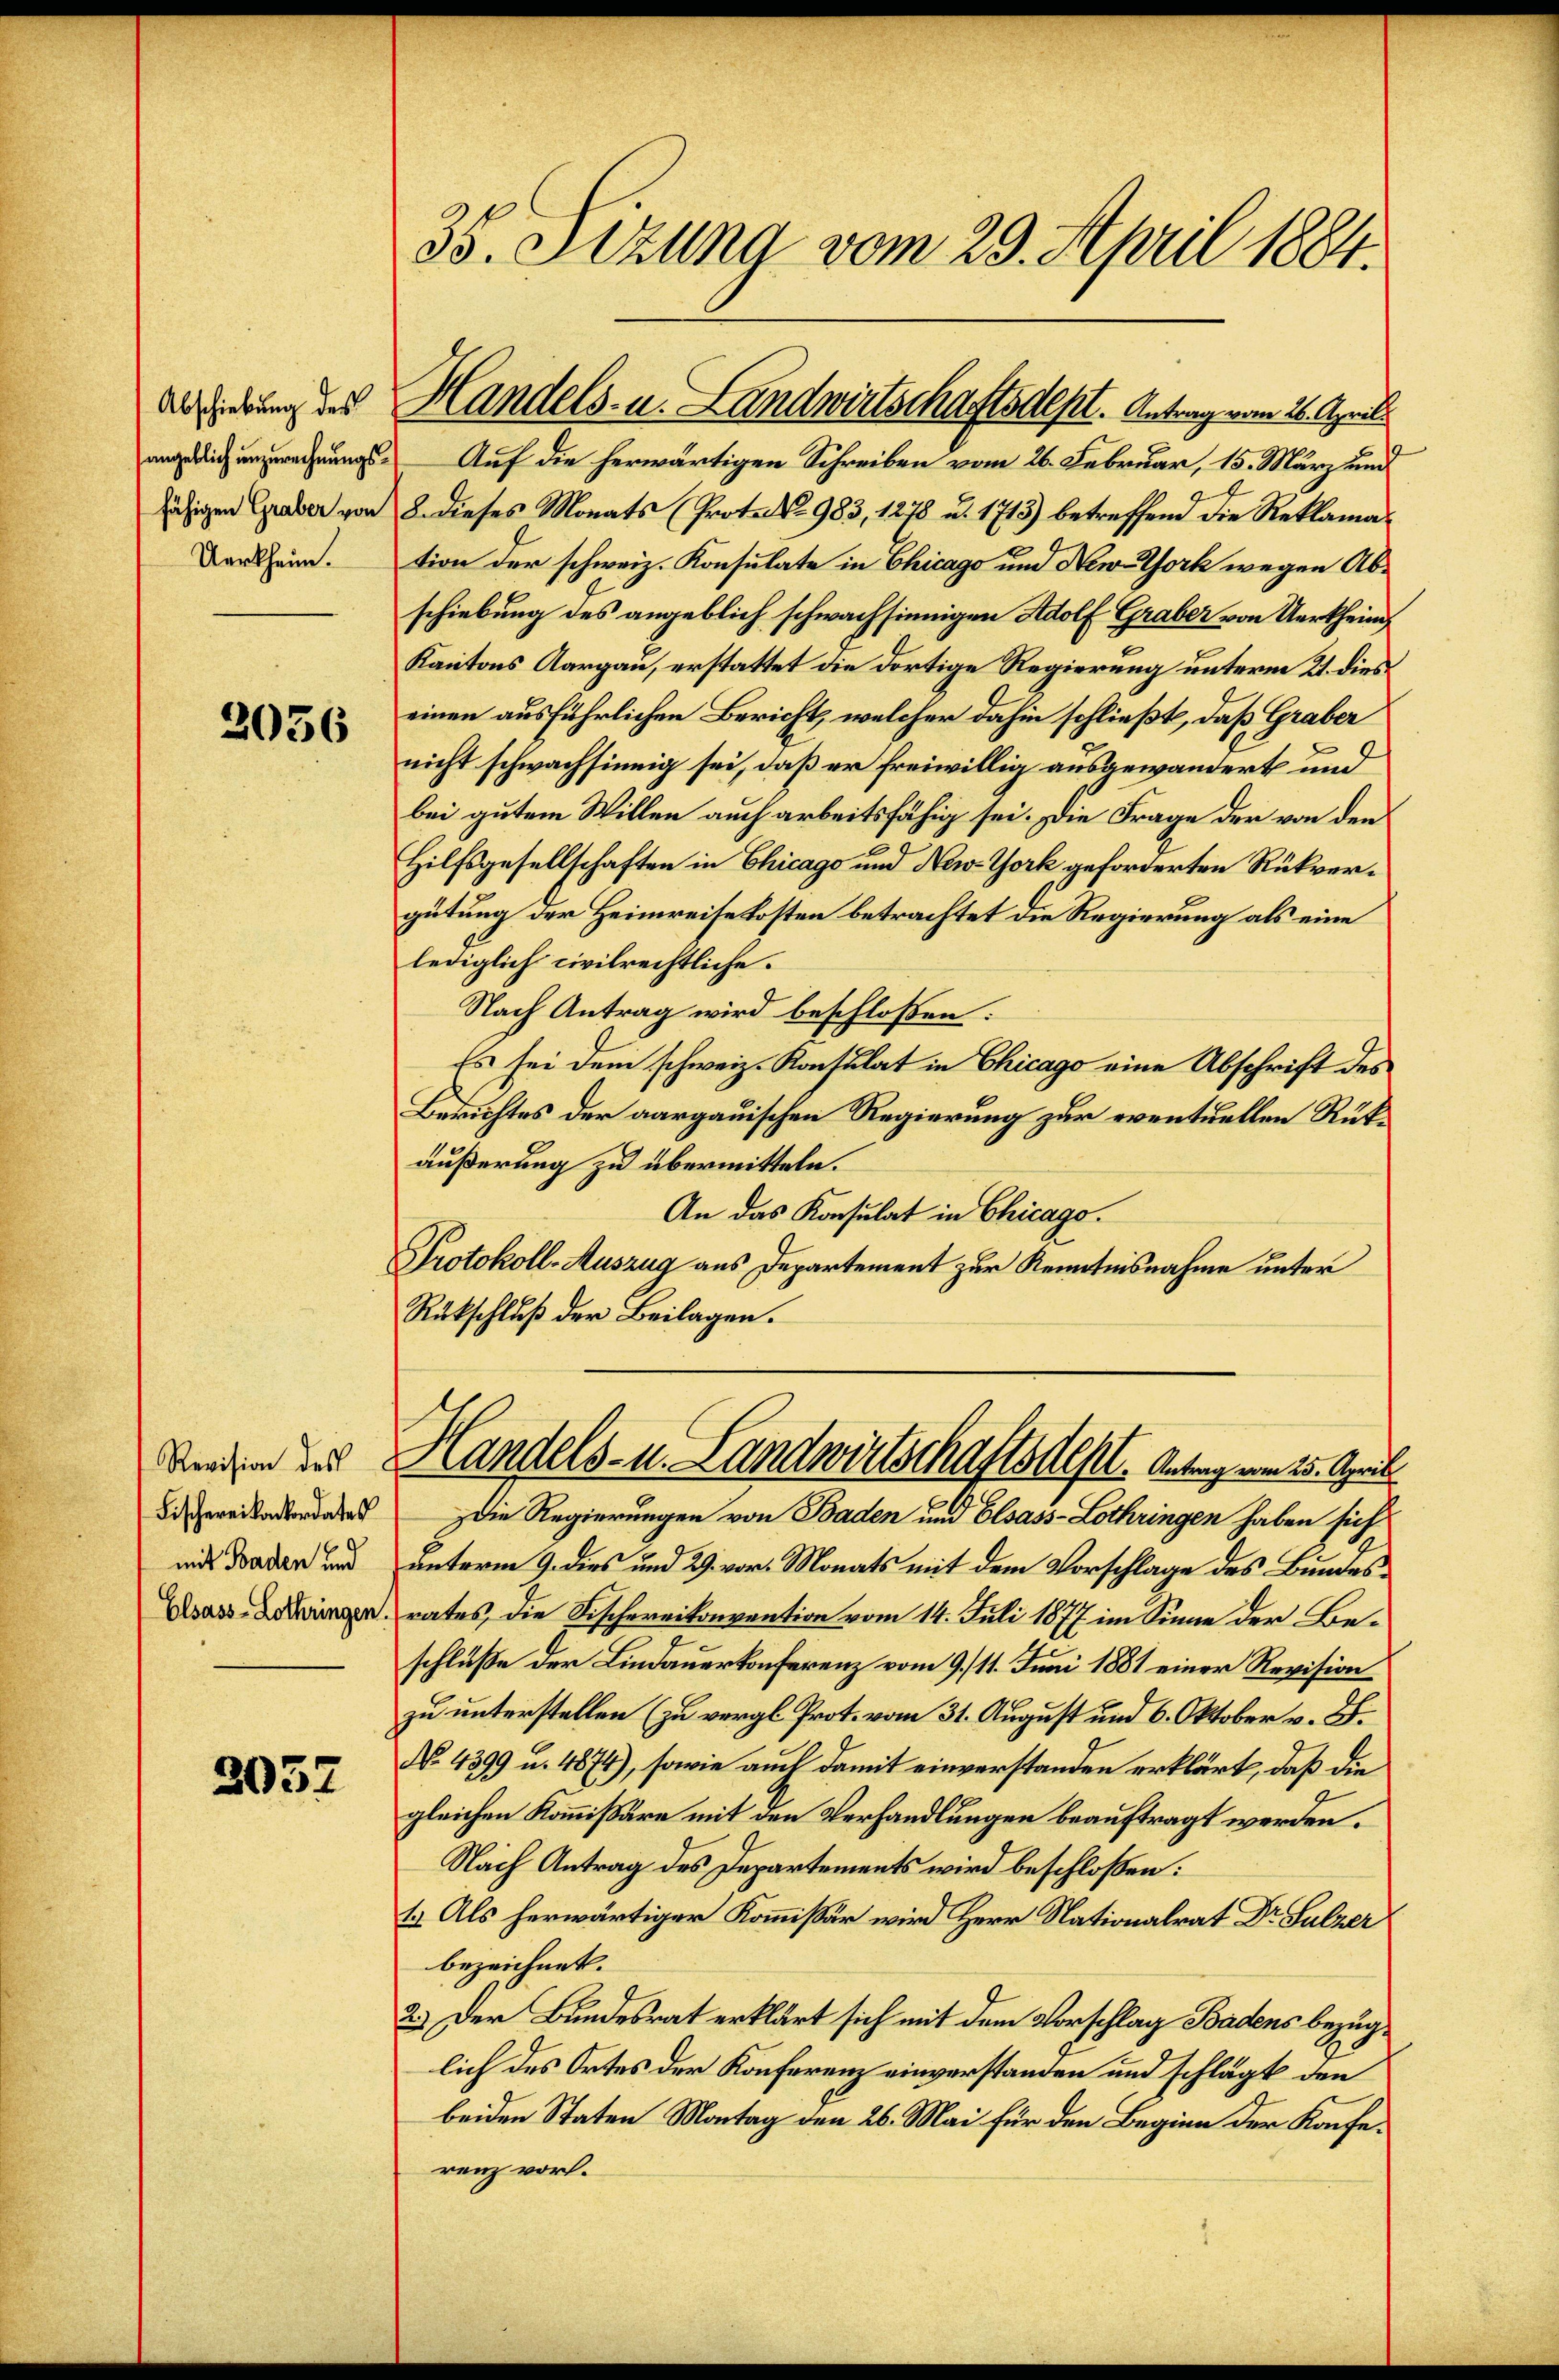
Abschiebung des
Uerkheim.

2056

Revision des
Fischerei konkordates
mit Baden und
Elsass-Lothringen.

2032

angelich ungerechnungs- Auf die herwärtigen Schreiben vom 26. Februar, 15. März und
läsigen Graber von 8. dieses Monats (Prot. No 983, 1278 u. 1713) betreffend die Reklamation der schweiz. Konsulate in Chicago und New-York wegen Abschiebung des angeblich schwachsinnigen Adolf Graber von Uerkhein
Kantons Aargau, erstattet die dortige Regierung unterm 21. dies
einen ausführlichen Bericht, welcher dahin schließt, daß Graber
nicht schwachsinnig sei, daß er freiwillig ausgewandert und
bei gutem Willen auch arbeitsfähig sei. Die Frage der von den
Hilfsgesellschaften in Chicago und New-York geforderten Rückvergütung der Heimreise kosten betrachtet die Regierung als eine
lediglich civilrechtliche.
Nach Antrag wird beschloßen:
Es sei dem schweiz. Konsulat in Chicago eine Abschrift des
Berichtes der aargauischen Regierung zur eventuellen Rükäußerung zu übermitteln.
An das Konsulat in Chicago.
Protokoll-Auszug aus Departement zur Kenntnisnahme unter
Rückschluß der Beilagen.

35. Sezung vom 29. April 1884.

Handels- u. Landwirtschaftsdest. Antrag vom 26. Aprill

Handels- u. Landwirtschaftsdest. Antrag vom 25. April

Die Regierungen von Baden und Elsass-Lothringen haben sich
unterm 9. dies und 29. vor. Monats mit dem Vorschlage des Bundes
rates, die Fischereikonvention vom 14. Juli 1877 im Sinne der Beschluße der Lindauerkonferenz vom 9. 11. Juni 1881 einer Revision
zu unterstellen (zu vergl. Prot. vom 31. August und 6. Oktober v. B.
No. 4399 u. 4874), sowie auch damit einverstanden erklärt, daß die
gleichen Kommissäre mit den Verhandlungen beauftragt werden.
Nach Antrag des Departements wird beschloßen:
1. Als herwärtiger Kommissär wird Herr Nationalrat Dr Sulzer
bezeichnet.
2.) Der Bundesrat erklärt sich mit dem Vorschlag Badens bezüglich des Ortes der Konferenz einverstanden und schlägt den
beiden Staten Montag den 26. Mai für den Beginn der Konferenz vor.